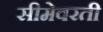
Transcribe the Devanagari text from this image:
सीमेवरती